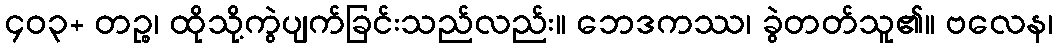
၄၀၃+ တဉ္စ၊ ထိုသို့ကွဲပျက်ခြင်းသည်လည်း။ ဘေဒကဿ၊ ခွဲတတ်သူ၏။ ဗလေန၊